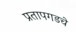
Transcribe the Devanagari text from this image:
प्रतापगडचे